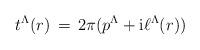
LaTeX: \begin{align*}t^\Lambda(r)\,=\, 2\pi(p^\Lambda+{\rm i}\ell ^\Lambda (r))\\\end{align*}